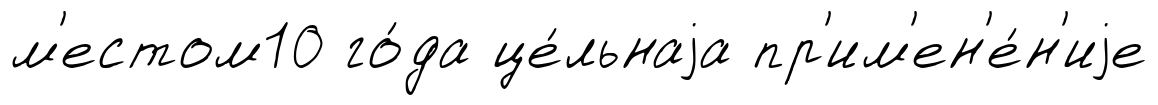
м'естом10 го́да це́льнаjа пр'им'ен'е́н'иjе